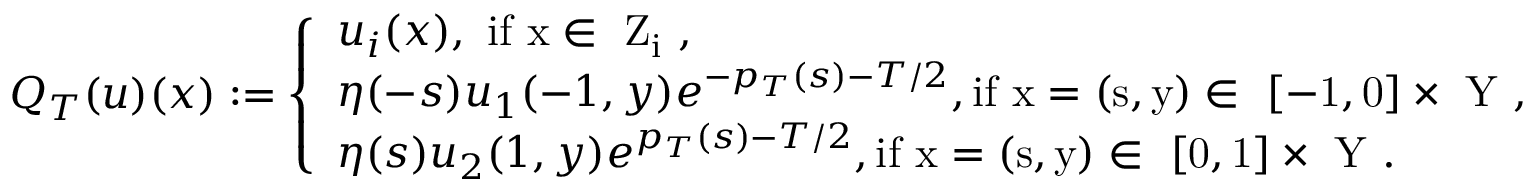
Q _ { T } ( u ) ( x ) : = \left\{ \begin{array} { l l } { u _ { i } ( x ) , \mathrm { ~ i f ~ x \in ~ Z _ i ~ , } } \\ { \eta ( - s ) u _ { 1 } ( - 1 , y ) e ^ { - p _ { T } ( s ) - T / 2 } , \mathrm { i f ~ x = ( s , y ) \in ~ [ - 1 , 0 ] \times ~ Y ~ , } } \\ { \eta ( s ) u _ { 2 } ( 1 , y ) e ^ { p _ { T } ( s ) - T / 2 } , \mathrm { i f ~ x = ( s , y ) \in ~ [ 0 , 1 ] \times ~ Y ~ . } } \end{array} \right.